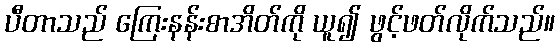
ပီတာသည် ကြေးနန်းစာအိတ်ကို ယူ၍ ဖွင့်ဖတ်လိုက်သည်။